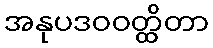
အနုပဒဝဝတ္ထိတာ